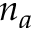
n _ { a }